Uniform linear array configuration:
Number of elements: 16
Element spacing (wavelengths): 0.25
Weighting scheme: hann
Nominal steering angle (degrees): -60
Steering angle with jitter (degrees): -59.526
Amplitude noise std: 0.05
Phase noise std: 0.05

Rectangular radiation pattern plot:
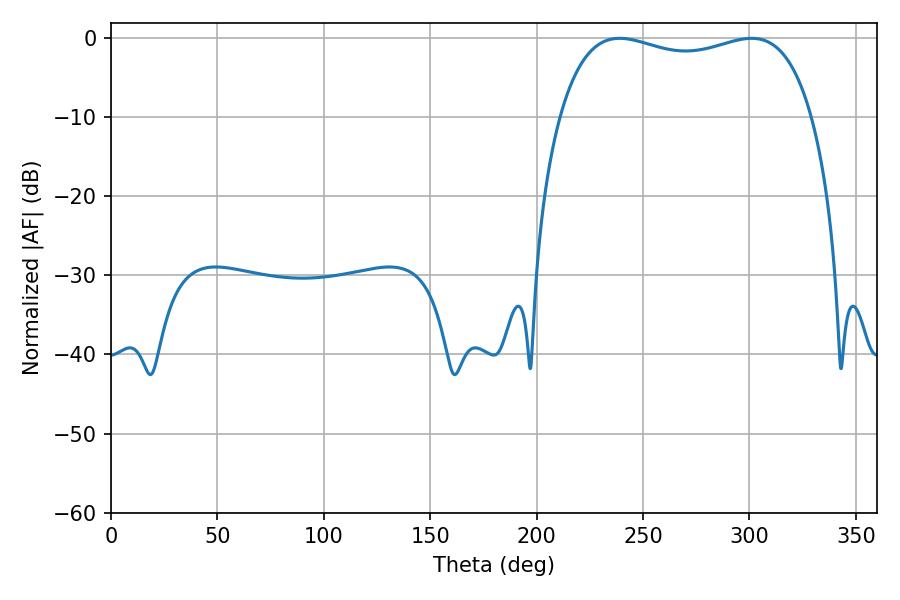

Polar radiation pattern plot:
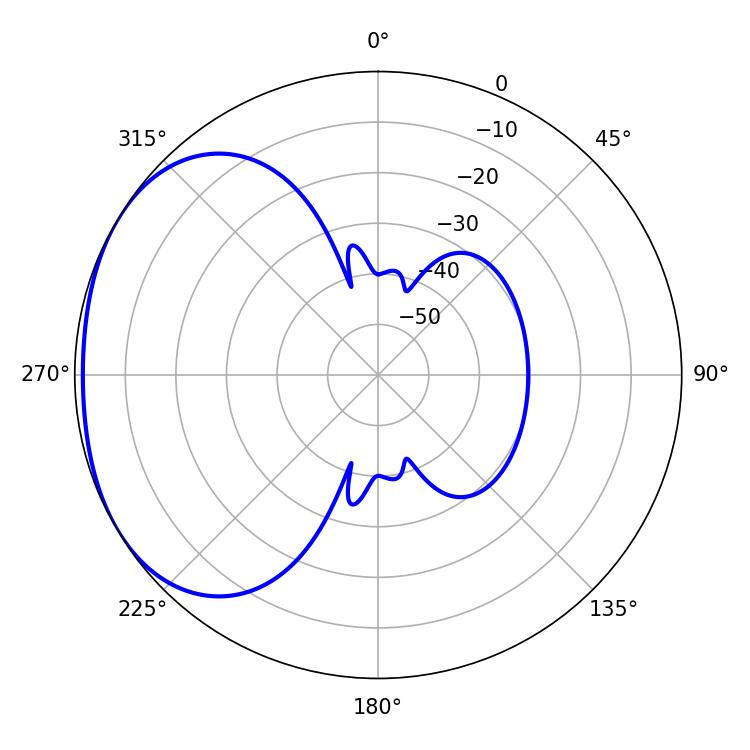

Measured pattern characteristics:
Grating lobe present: FALSE
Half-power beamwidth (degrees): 96.84
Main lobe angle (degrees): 239.04